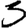
Digit: 3